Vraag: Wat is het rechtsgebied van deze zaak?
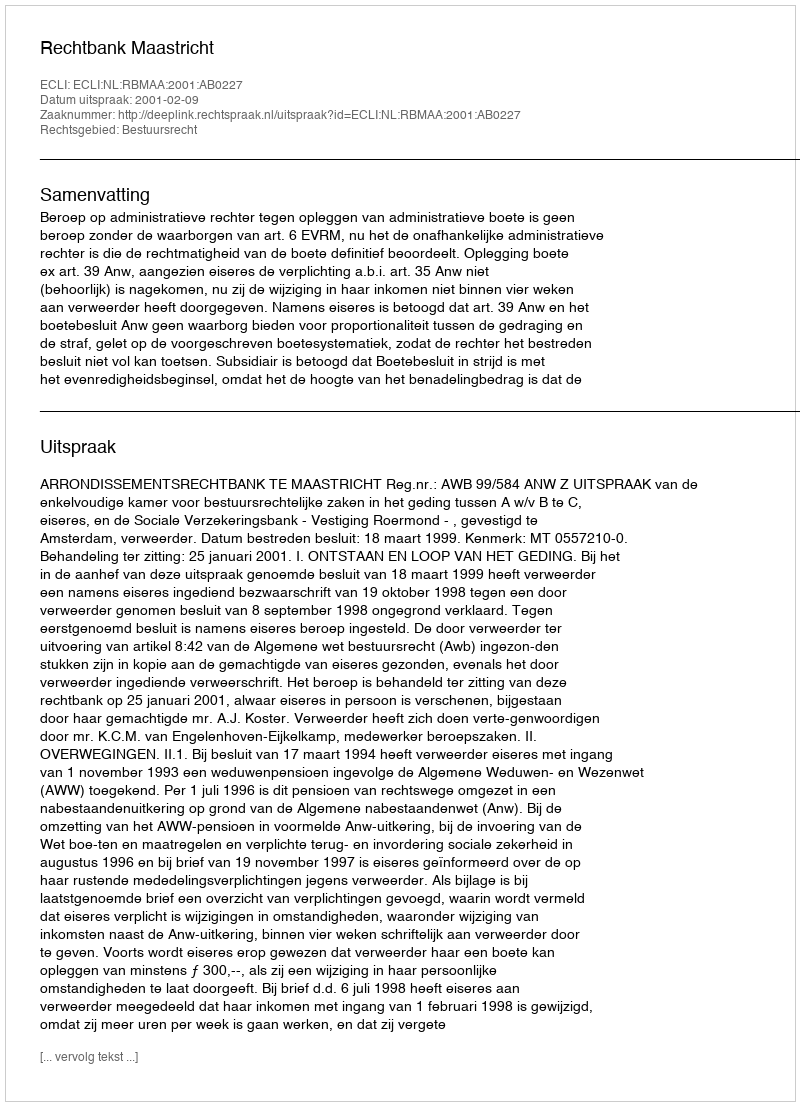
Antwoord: Bestuursrecht